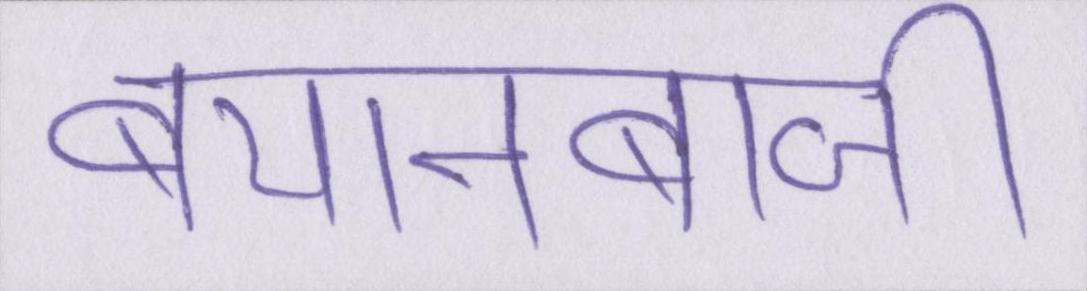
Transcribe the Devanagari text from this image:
बयानबाजी